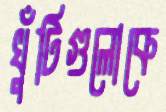
খুঁটিগুলোকে